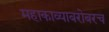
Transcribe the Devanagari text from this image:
महाकाव्याबरोबरच